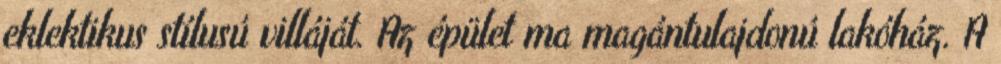
eklektikus stílusú villáját. Az épület ma magántulajdonú lakóház. A